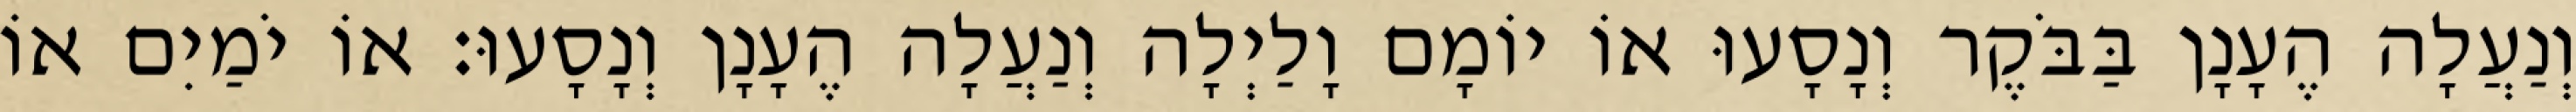
וְנַעֲלָה הֶעָנָן בַּבֹּקֶר וְנָסָעוּ אוֹ יוֹמָם וָלַיְלָה וְנַעֲלָה הֶעָנָן וְנָסָעוּ׃ אוֹ יֹמַיִם אוֹ